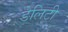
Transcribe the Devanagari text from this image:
डेलिटी